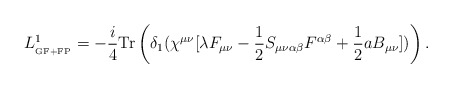
\begin{align*}L_{_{{\rm GF+FP}}}^{1} =-\frac{i}{4}{\rm Tr}\left(\delta_1(\chi^{\mu\nu}[\lambda F_{\mu\nu}-\frac{1}{2}S_{\mu\nu\alpha\beta}F^{\alpha\beta}+\frac{1}{2}a B_{\mu\nu}])\right). \end{align*}